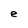
Character: e